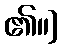
၏။]